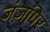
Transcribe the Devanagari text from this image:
जंजगिर